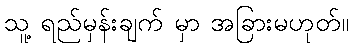
သူ့ ရည်မှန်းချက် မှာ အခြားမဟုတ်။